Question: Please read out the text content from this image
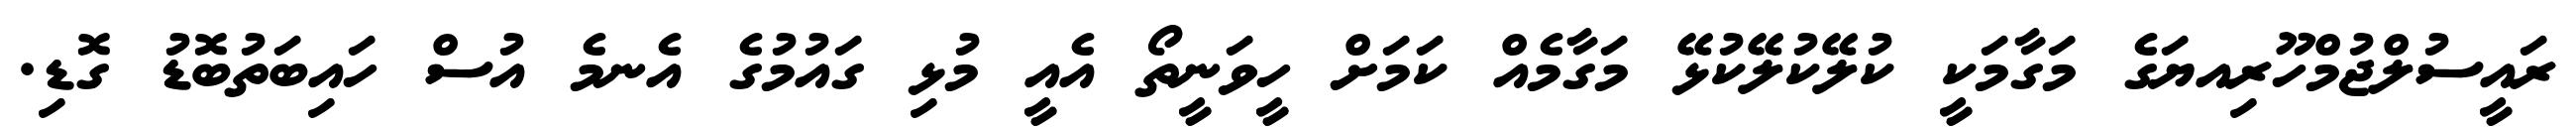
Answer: ރައީސުލްޖުމްހޫރިއޔަގެ މަގާމަކީ ކުލޭކުލޭކުޅޭ މަގާމެއް ކަމަށް ހީވަނީތޯ އެއީ މުޅި ގައުމުގެ އެނމެ އުސް ހައިބަތުބޮޑު ގޮޑި.